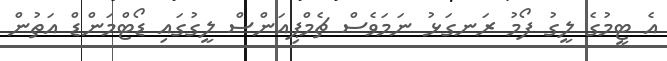
އެ ޓީމުގެ ލީގު ފޯމު ރަނގަޅު ނަމަވެސް ޗެމްޕިއަންސް ލީގުގައި ޑޯޓްމަންޑް އަތުން